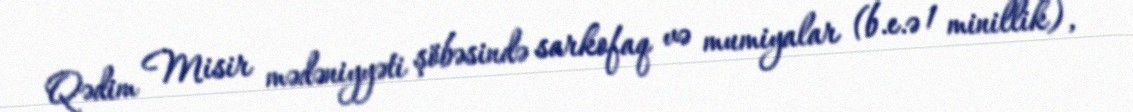
Qədim Misir mədəniyyəti şöbəsində sarkofaq və mumiyalar (b.e.ə 1 minillik),